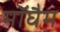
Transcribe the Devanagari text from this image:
मॉघैम